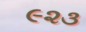
૯૨૩